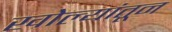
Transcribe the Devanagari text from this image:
खोल्यांतून